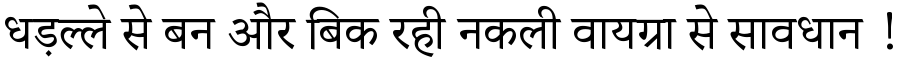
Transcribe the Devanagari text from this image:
धड़ल्ले से बन और बिक रही नकली वायग्रा से सावधान !